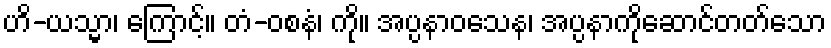
ဟိ-ယသ္မာ၊ ကြောင့်။ တံ-ဝစနံ၊ ကို။ အပ္ပနာဝသေန၊ အပ္ပနာကိုဆောင်တတ်သော